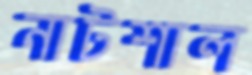
নাটশাল